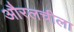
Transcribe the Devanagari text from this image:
औरलचीला